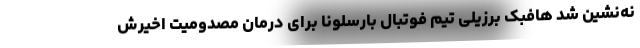
نه‌نشین شد هافبک برزیلی تیم فوتبال بارسلونا برای درمان مصدومیت اخیرش